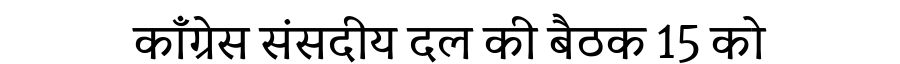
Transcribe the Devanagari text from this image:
काँग्रेस संसदीय दल की बैठक 15 को